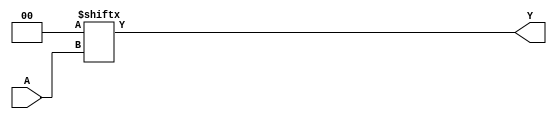

/////////////////////////Original Model from RS_PRIMTIVES repo////////////////////////////////
module LUT1 #(
  parameter [1:0] INIT_VALUE = 2'h0 // 2-bit LUT logic value
) (
  input A, // Data Input
  output Y // Data Output
);

  assign Y = INIT_VALUE[A] ;


endmodule

module LUT4 #(
  parameter [15:0] INIT_VALUE = 16'h0000 // 16-bit LUT logic value
) (
  input [3:0] A, // Data Input
  output Y // Data Output
);

  assign Y = INIT_VALUE[A] ;


endmodule